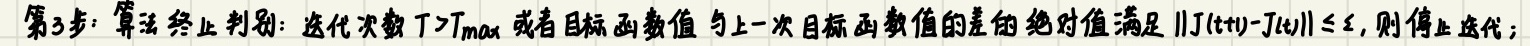
第3步：算法终止判别：迭代次数 $T>T_{max}$ 或者目标函数值与上一次目标函数值的差的绝对值满足 $\|J(t+1)-J(t)\|\leq \epsilon$，则停止迭代；